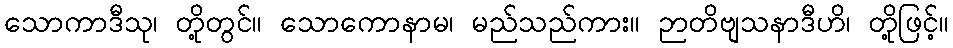
သောကာဒီသု၊ တို့တွင်။ သောကောနာမ၊ မည်သည်ကား။ ဉာတိဗျသနာဒီဟိ၊ တို့ဖြင့်။